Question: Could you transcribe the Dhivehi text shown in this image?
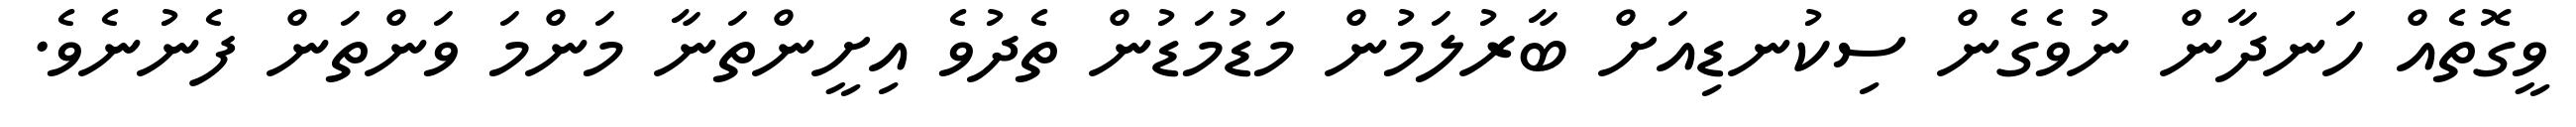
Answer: ވީގޮތެއް ހަނދާން ނުވެގެން ސިކުނޑިއަށް ބާރުލަމުން މަޑުމަޑުން ތެދުވެ އިށީންތަނާ މަންމަ ވަންތަން ފެނުނެވެ.